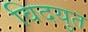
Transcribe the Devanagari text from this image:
विदयुत